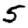
Digit: 5